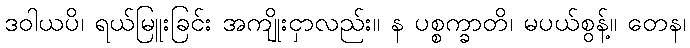
ဒဝါယပိ၊ ရယ်မြူးခြင်း အကျိုးငှာလည်း။ န ပစ္စက္ခာတိ၊ မပယ်စွန့်။ တေန၊